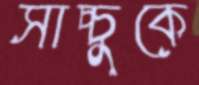
সাচ্চুকে